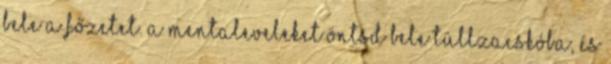
bele a főzetet. A mentaleveleket öntsd bele tüllzacskóba, és